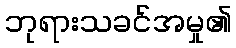
ဘုရားသခင်အမှု၏